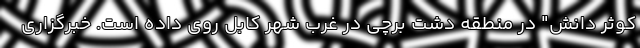
کوثر دانش" در منطقه دشت برچی در غرب شهر کابل روی داده است. خبرگزاری